Calcutta medical institutions reports 1871-78
Year: 1871
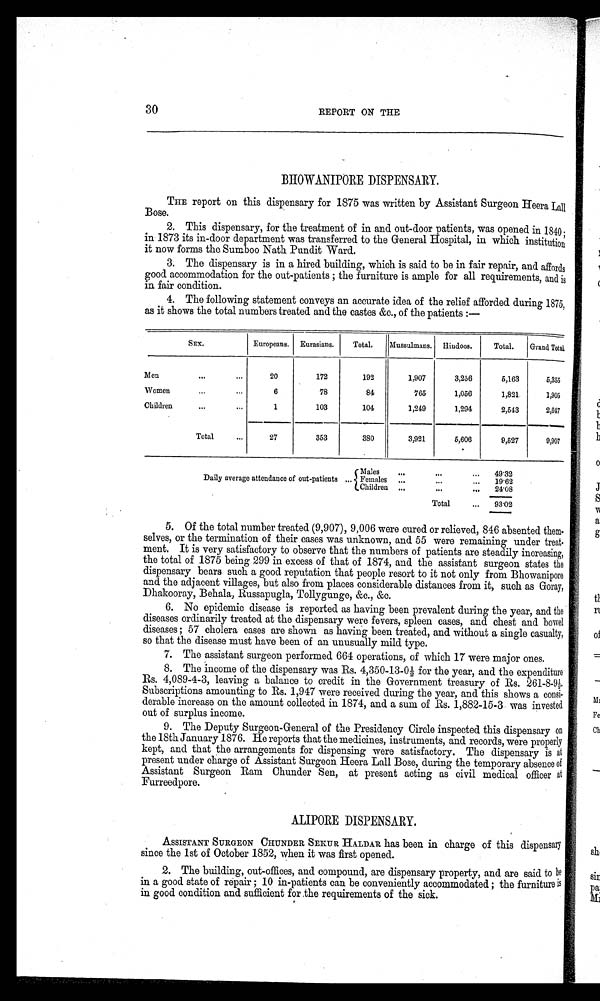
30
REPORT ON THE
BHOWANIPORE DISPENSARY.
THE report on this dispensary for 1875 was written by Assistant Surgeon Heera Lall
Bose.
2. This dispensary, for the treatment of in and out-door patients, was opened in 1840 ;
in 1873 its in-door department was transferred to the General Hospital, in which institution
it now forms the. Sumboo Nath Pundit Ward.
3. The dispensary is in a hired building, which is said to be in fair repair, and affords
good accommodation for the out-patients ; the furniture is ample for all requirements, and is
in fair condition.
4. The following statement conveys an accurate idea of the relief afforded during 1875,
as it shows the total numbers treated and the castes &c., of the patients :—
S E X .
Europeans. Eurasians. Total. Mussulmans. Hi ndoos.
Total. Grand Tot al .
Men
20
172
192
1, 907
3, 256
5, 163
5 , 3 5 5
Women
6
78
84
765
1, 056
1, 821
1 , 9 0 5
Children
1
103
104
1, 249
1, 294
2, 543
2 , 6 4 7
Total
2 7 353
380
3, 921
5, 606
9, 527
9 , 9 0 7
4 9 . 3 2
Daily average attendance of out-patients M a l e s Females
1 9 . 6 2
Children
2 4 . 0 8
Total
9 3 . 0 2
5. Of the total number treated (9,907), 9,006 were cured or relieved, 846 absented them.
selves, or the termination of their cases was unknown, and 55 were remaining under treat
ment. It is very satisfactory to observe that the numbers of patients are steadily increasing,
the total of 1875 being 299 in excess of that of 1874, and the assistant surgeon states the
dispensary bears such a good reputation that people resort to it not only from Bhowanipore
and the adjacent villages, but also from places considerable distances from it, such as Goray,
Dhakooray, Behala, Russapugla, Tollygunge,
&c.
6. No epidemic disease is reported as having been prevalent during the year, and the
diseases ordinarily treated at the dispensary were fevers, spleen cases, and chest and bowel
diseases ; 57 cholera eases are shown as having been treated, and without a single casualty,
so that the disease must have been of an unusually mild type.
7. The assistant surgeon performed 664 operations, of which 17 were major ones.
8. The i ncome of t he di spensary was Rs. 4, 350-13-0½ for t he year, and t he expendi t ure
Rs. 4,089-4-3, leaving a balance to credit in the Government treasury of Rs. 261-8-9½.
Subscriptions amounting to Rs. 1,947 were received during the year, and this shows a consi--
derable increase on the amount collected in 1874, and a sum of Rs. 1,882-15-3 was invested
out of surplus income.
9. The Deputy Surgeon-General of the Presidency Circle inspected this dispensary on
the 18th January 1876. He reports that the medicines, instruments, and records, were properly
kept, and that the arrangements for dispensing were satisfactory. The dispensary is at
present under charge of Assistant Surgeon Heera Lall Bose, during the temporary absence of
Assistant Surgeon Ram Chunder Sen, at present acting as civil medical officer at
Furreedpore.
ALIPORE DISPENSARY.
ASSISTANT SURGEON CHUNDER SEKUR HALDAR has been in charge of this dispensary
since the 1st of October 1852, when it was first opened.
2. The building, out-offices, and compound, are dispensary property, and are said to be
in a good state of repair 10 in-patients can be conveniently accommodated ; the furniture is
in good condition and sufficient for the requirements of the sick.